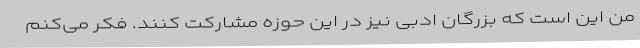
من این است که بزرگان ادبی نیز در این حوزه مشارکت کنند. فکر می‌کنم